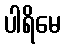
ပါရိမေ